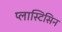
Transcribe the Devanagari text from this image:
प्लास्टिसिन